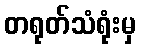
တရုတ်သံရုံးမှ